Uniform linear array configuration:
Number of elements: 64
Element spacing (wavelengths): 0.5
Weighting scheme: blackman
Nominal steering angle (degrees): -30
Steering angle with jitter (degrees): -28.095
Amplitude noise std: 0.05
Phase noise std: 0.05

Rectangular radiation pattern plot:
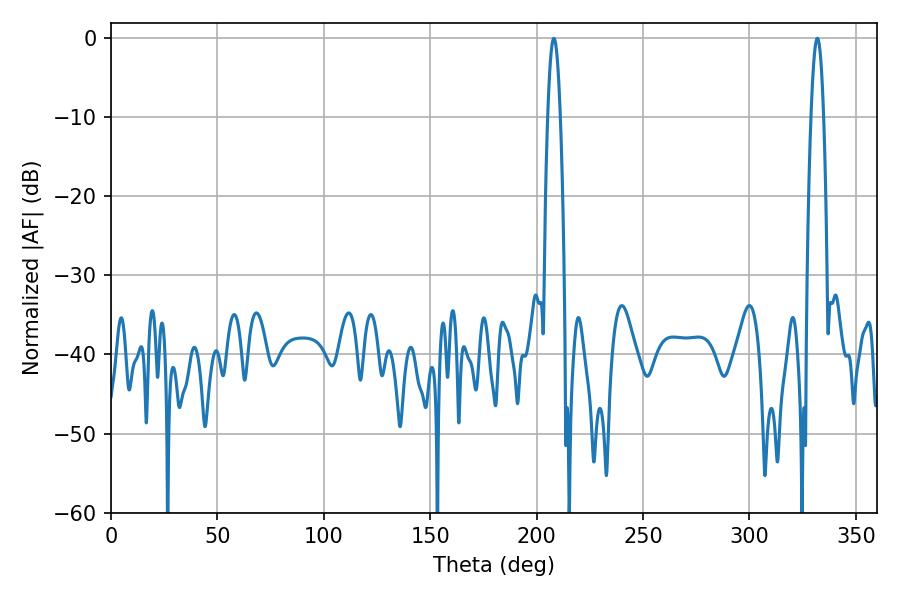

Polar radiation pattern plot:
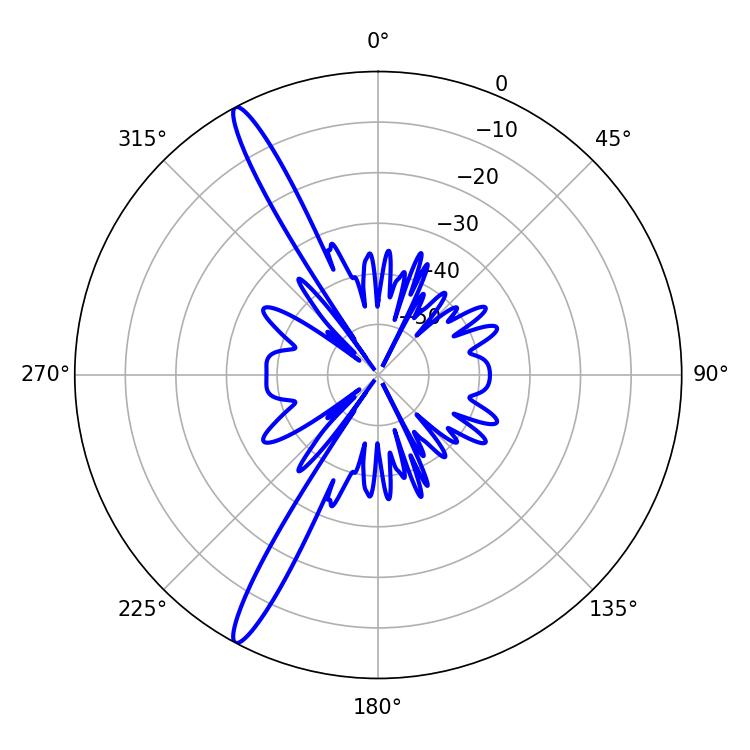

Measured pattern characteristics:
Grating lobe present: FALSE
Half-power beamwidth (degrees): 3.24
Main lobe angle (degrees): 208.08